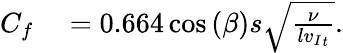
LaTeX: \begin{array}{rl}{C_{f}}&{{}={}0.664\cos{(\beta)}s\sqrt{\frac{\nu}{l{v_{I}}_{t}}}.}\end{array}